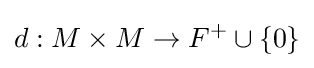
d:M\times M\to F^{+}\cup \{0\}